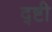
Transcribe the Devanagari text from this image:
द्ष्टी